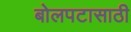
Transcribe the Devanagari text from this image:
बोलपटासाठी